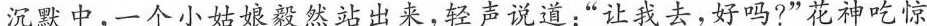
沉默中，一个小姑娘毅然站出来，轻声说道：”让我去，好吗?”花神吃惊